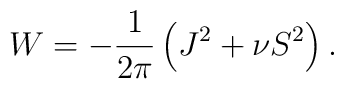
W  = -\frac{1}{2\pi }\left(J^2 + \nu S^2\right).